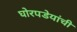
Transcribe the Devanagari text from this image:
घोरपडेयांची